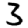
Digit: 3